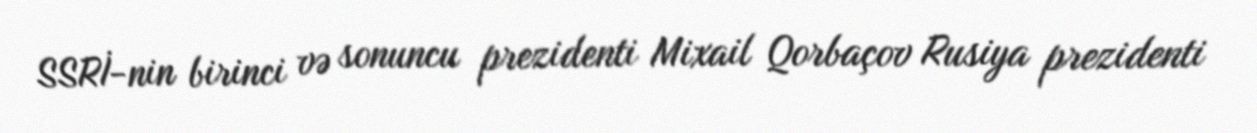
SSRİ-nin birinci və sonuncu prezidenti Mixail Qorbaçov Rusiya prezidenti